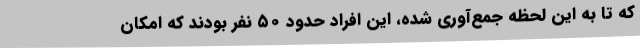
که تا به این لحظه جمع‌آوری شده، این افراد حدود ۵۰ نفر بودند که امکان